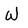
Character: W